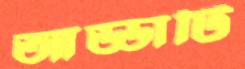
আড্ডাটি